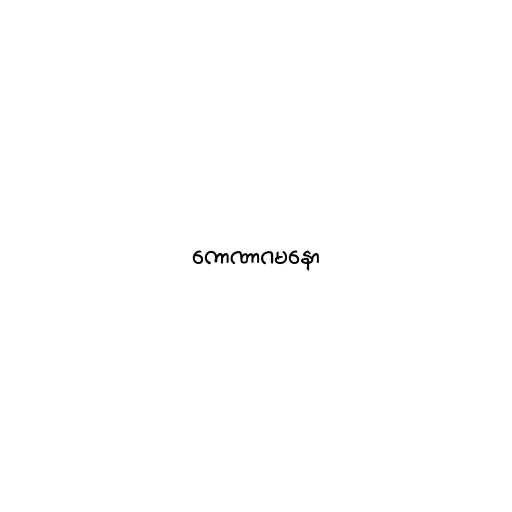
ကောဏာဂမနော